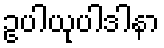
ဥပါယုပါဒါနာ